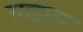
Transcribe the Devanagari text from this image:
ग्राह्मत्व